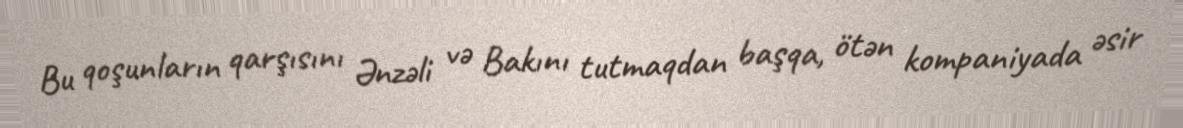
Bu qoşunların qarşısını Ənzəli və Bakını tutmaqdan başqa, ötən kompaniyada əsir